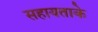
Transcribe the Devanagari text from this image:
सहायताके